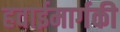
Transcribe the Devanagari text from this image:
हवाईमार्गकी